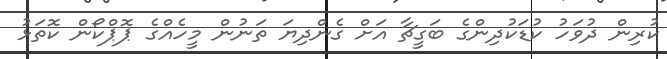
ކުރިން ދުވަހު ކުޑަކުދިންގެ ބަގީޗާ އަށް ގެންދިޔަ ތަނުން މީހެއްގެ ޕޮޕްކޯން ކޮތަޅު